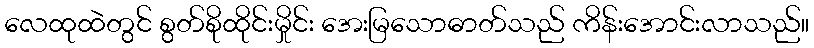
လေထုထဲတွင် စွတ်စိုထိုင်းမှိုင်း အေးမြသောဓာတ်သည် ကိန်းအောင်းလာသည်။